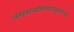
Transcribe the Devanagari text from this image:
अयस्कान्ताभिगमनवत्दुपसर्पणम्।